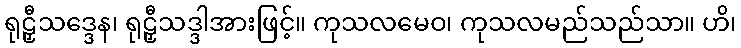
ရုဠှီသဒ္ဒေန၊ ရုဠှီသဒ္ဒါအားဖြင့်။ ကုသလမေဝ၊ ကုသလမည်သည်သာ။ ဟိ၊